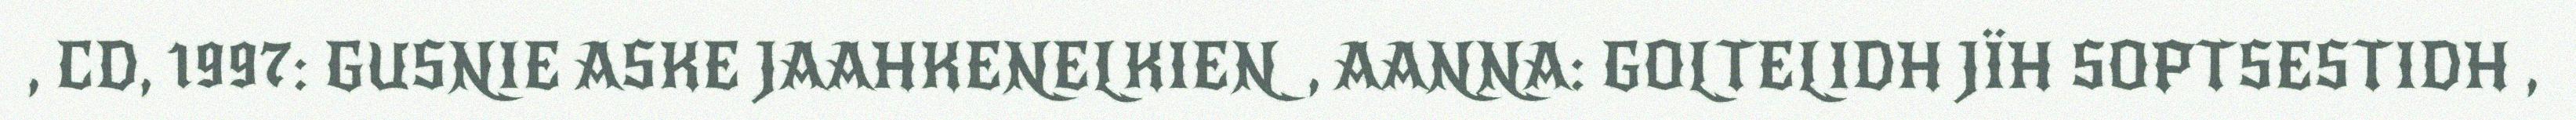
, CD, 1997: GUSNIE ASKE JAAHKENELKIEN, AANNA: GOLTELIDH JÏH SOPTSESTIDH ,